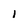
Character: i